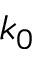
k _ { 0 }